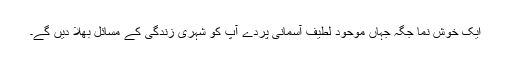
ایک خوش نما جگہ جہاں موحود لطیف آسمانی پردے آپ کو شہری زندگی کے مسائل بھلا دیں گے۔